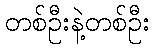
တစ်ဦးနဲ့တစ်ဦး